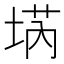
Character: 𡍝